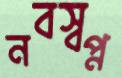
নবস্বপ্ন